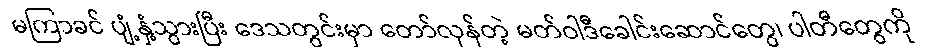
မကြာခင် ပျံ့နှံ့သွားပြီး ဒေသတွင်းမှာ တော်လှန်တဲ့ မတ်ဝါဒီခေါင်းဆောင်တွေ၊ ပါတီတွေကို